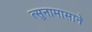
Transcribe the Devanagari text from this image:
त्सुनामासाने